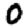
Digit: 0